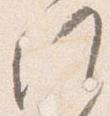
候